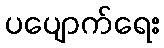
ပပျောက်ရေး